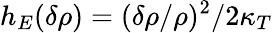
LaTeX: h_{E}(\delta\rho)=(\delta\rho/\rho)^{2}/2\kappa_{T}